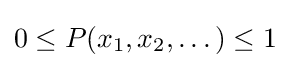
0\leq P(x_{1},x_{2},\dots )\leq 1